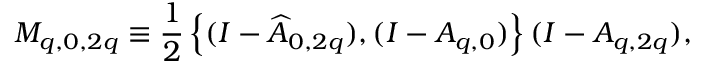
M _ { q , 0 , 2 q } \equiv \frac { 1 } { 2 } \left\{ ( I - \widehat { A } _ { 0 , 2 q } ) , ( I - A _ { q , 0 } ) \right\} ( I - A _ { q , 2 q } ) ,